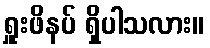
ရှူးဖိနပ် ရှိပါသလား။